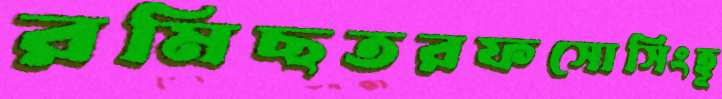
রমিছতরফসোর্সিংহূ